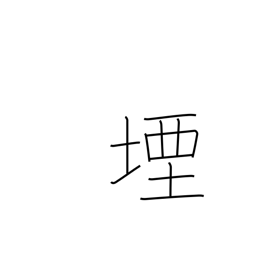
Meaning: stop up